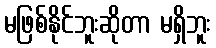
မဖြစ်နိုင်ဘူးဆိုတာ မရှိဘူး